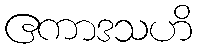
ဧကာဒသဟိ